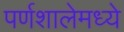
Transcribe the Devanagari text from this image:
पर्णशालेमध्ये